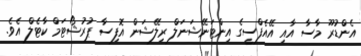
އެންޑުރޫ މާސާ އާއި އޭއެފްސީގެ އިންޓަނޭޝަނަލް ރިލޭޝަން އޮފިސާ ޕުރުޝޯޓަމް ކާޓެލް އެވެ.